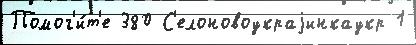
Помог'и́т'е 380 С'елоновоукраjинкаукр 1